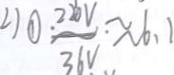
\textcircled { 1 } \frac { 2 2 0 V } { 3 6 V } \approx 6 . 1